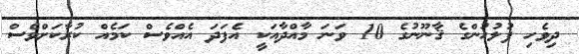
ދިވެހި ފުލުހުންގެ ޤާނޫނުގެ 10 ވަނަ މާއްދާއަކީ އެފަދަ އެއްވެސް ކަމެއް ކުރާކަށްވެސް